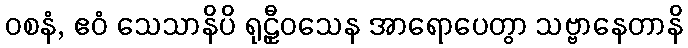
ဝစနံ, ဧဝံ သေသာနိပိ ရုဠှီဝသေန အာရောပေတွာ သဗ္ဗာနေတာနိ